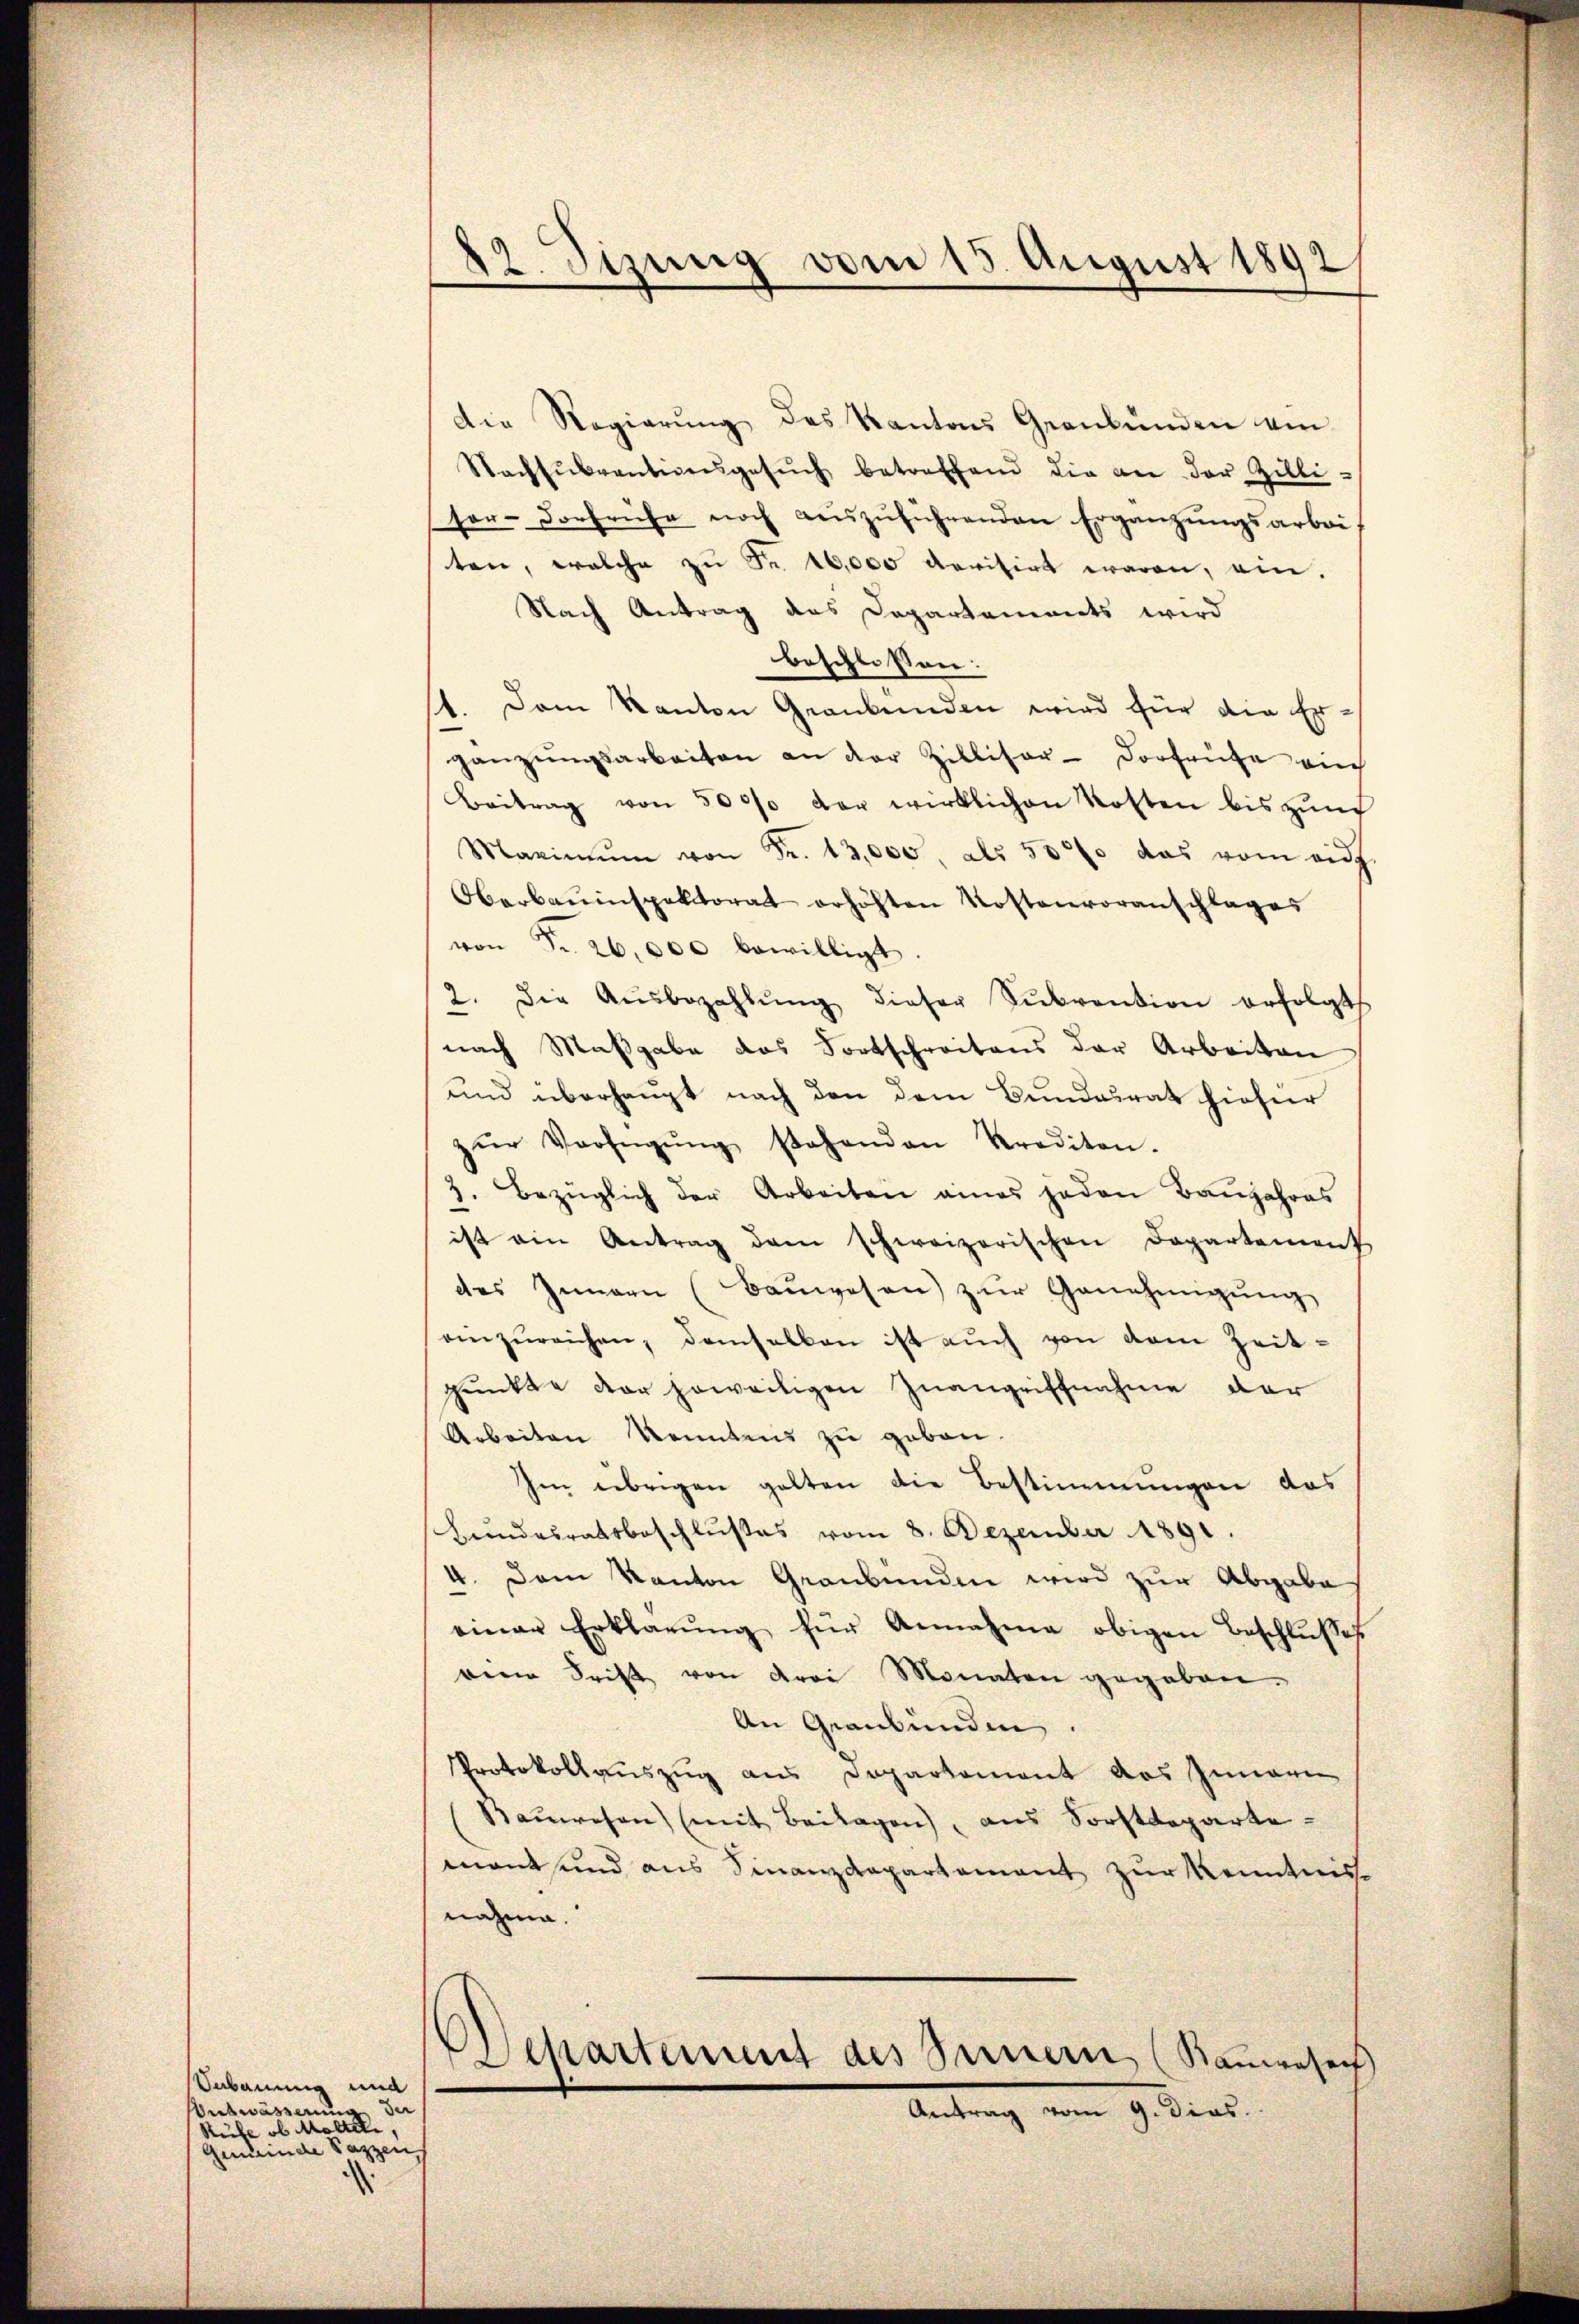
Sabauung und
Entwässerung der
Rüfe ob Maltern,
Gemeinde Pazzen

42. Sizung vom 15. August 1892

Die Regierŭng des Kantons Graubünden ein
Nachsŭbventionsgesŭch betreffend die an der Zilli-
ser- Dorfrühe noch aŭszŭführenden Ergänzŭngsarbei-
ten, welche zu Fr. 16,000 Revisirt waren, ein.
Nach Antrag des Departaments wird
beschlossen:
11. Dem Kanton Graubünden wird für die Ergänzŭngsarbeiten an der Zilliser- Dorfrühe ein
Beitrag von 5000 vor wirklichen Kosten bis zŭm
Maximŭm von Fr. 13,000, als 5000 das vom auf
Oberbauinspektorat erhöhten Kostenvoranschlages
von Fr. 26,000 bewilligt
2. Die Aŭsbezahlŭng dieser Sŭbvention erfolgt
nach Maßgabe das Fortschreitens der Arbeiten
und überhaupt nach den dem Bundesrat hiefür
zŭr Verfügŭng stehenden Krediton.
3. Bezüglich der Arbeiten eines jeden Baŭjahres
ist ein Antrag dem schweizerischen Departement
des Innern (Baŭwesen zŭr Genehmigŭng
einzŭreichen, demselben ist aŭch von dem Zeit-
punkte der soweiligen Zuangriffnahme der
Arbeiten konntens zu geben.
Im übrigen gelten die Bestimmungen das
Bŭndesratsbeschlußes vom 8. Dezember 1891.
4. Dem Kanton Graubünden wird zur Abgabe
einer Erklärŭng für Annahme obigen Beschlŭsses
vene Frist von drei Monaten gegeben.
An Graubünden.
Protokollauszug aus Departement das Innern
Sauwesen (mit Beilagen, aus Sorstdeparte
mant und aus Finanzdepartement zur Kenntnis
nahme.
Separties des Bernern, (Rauwesen
Antrag vom 9. Dies